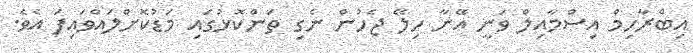
އިބްރާހިމް އިސްމާއިލް ވަނީ އޭނާ ހިލޭ ޖެހުން ނެގި ތަންކޮޅުގައި މަޑުކޮށްލައްވައިފަ އެވެ.